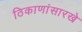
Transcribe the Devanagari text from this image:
ठिकाणांसारखे